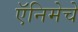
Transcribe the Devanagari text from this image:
ऍनिमेचे